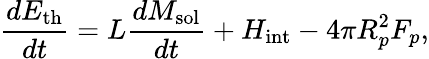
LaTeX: \frac{dE_{\mathrm{th}}}{dt}=L\frac{dM_{\mathrm{sol}}}{dt}+H_{\mathrm{int}}-4\pi R_{p}^{2}F_{p},